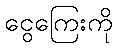
ငွေကြေးကို